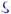
Text: S